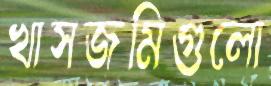
খাসজমিগুলো